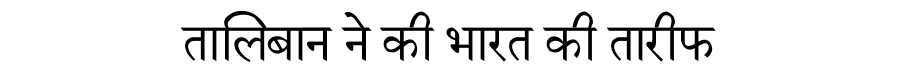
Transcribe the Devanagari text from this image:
तालिबान ने की भारत की तारीफ